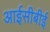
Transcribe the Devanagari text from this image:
आईसीबीई